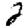
Digit: 2